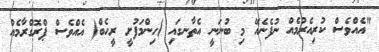
"އެއްވެސް ކުރިއެރުމެއް ނުފެނެއޭ މި ބުނަނީ އެތާނގައި )ހިންމަފުށީ ރީހެބް( އެއްވެސް ޕްރޮގްރާމެއް